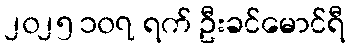
၂၀၂၅ ၁၀၇ ရက် ဦးခင်မောင်ရီ